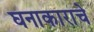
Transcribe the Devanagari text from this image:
घनाकाराचे